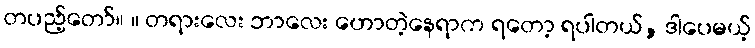
တပည့်တော်။ ။ တရားလေး ဘာလေး ဟောတဲ့နေရာက ရတော့ ရပါတယ်, ဒါပေမယ့်